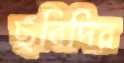
ছবিদির